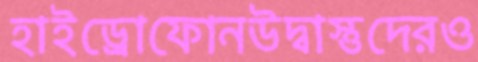
হাইড্রোফোনউদ্বাস্তুদেরও